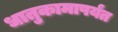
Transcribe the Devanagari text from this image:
धातुकामापर्यंत